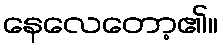
နေလေတော့၏။